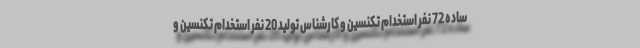
ساده 72 نفر استخدام تکنسین و کارشناس تولید 20 نفر استخدام تکنسین و